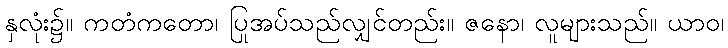
နှလုံး၌။ ကတံကတော၊ ပြုအပ်သည်လျှင်တည်း။ ဇနော၊ လူများသည်။ ယာဝ၊